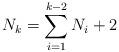
LaTeX: \begin{align*}N_k= \sum_{i=1}^{k-2} N_{i}+ 2\end{align*}